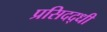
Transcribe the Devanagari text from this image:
प्रसिदद्धी